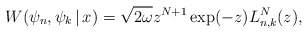
\begin{gather*} W( \psi _{n},\psi _{k}\,|\, x) =\sqrt{2\omega }z^{N+1}\exp ( -z) L_{n,k}^{N}(z) ,\end{gather*}